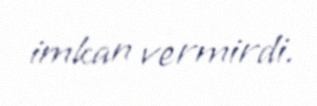
imkan vermirdi.